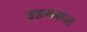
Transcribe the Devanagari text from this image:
सहस्त्रकात